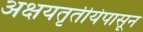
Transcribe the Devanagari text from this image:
अक्षयतृतीयेपासून